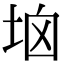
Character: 垴